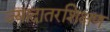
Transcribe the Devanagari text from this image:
ज्यादातरशिक्षण